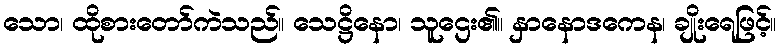
သော၊ ထိုစားတော်ကဲသည်။ သေဋ္ဌိနော၊ သူဌေး၏။ နှာနောဒကေန၊ ချိုးရေဖြင့်။